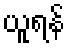
ယူရန်